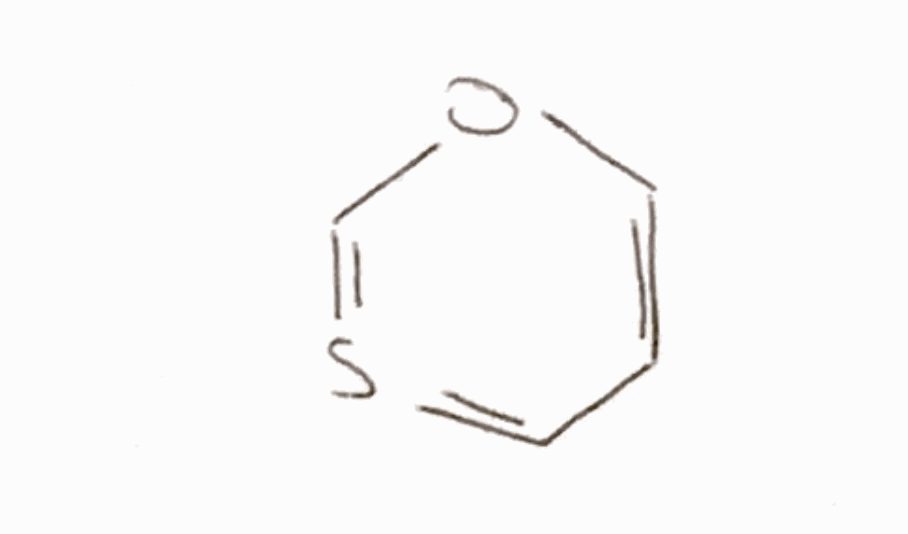
Simplified molecular-input line-entry system (SMILES) notation of the given molecule:
C1=COC=S=C1